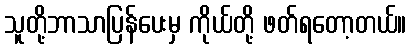
သူတို့ဘာသာပြန်ပေးမှ ကိုယ်တို့ ဖတ်ရတော့တယ်။